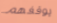
يوقفهم